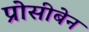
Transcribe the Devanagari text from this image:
प्रोसीबेन